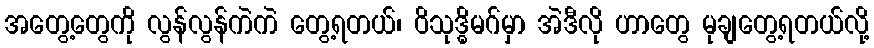
အတွေ့တွေကို လွန်လွန်ကဲကဲ တွေ့ရတယ်၊ ဝိသုဒ္ဓိမဂ်မှာ အဲဒီလို ဟာတွေ မုချတွေ့ရတယ်လို့